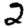
Digit: 2